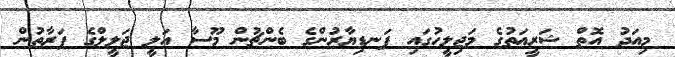
މިއަދު އޮތް ޝަރީޢަތުގެ މަޖިލީހުގައި ފަނޑިޔާރުންގެ ބެންޗުން މޫސާ އަލީ ޖަލީލްގެ ފަރާތުން